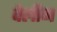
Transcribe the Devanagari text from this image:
वेलीन